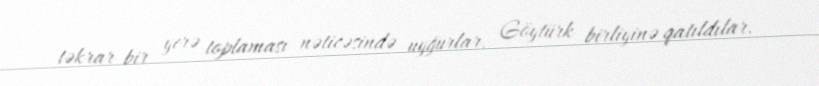
təkrar bir yerə toplaması nəticəsində uyğurlar, Göytürk birliyinə qatıldılar.